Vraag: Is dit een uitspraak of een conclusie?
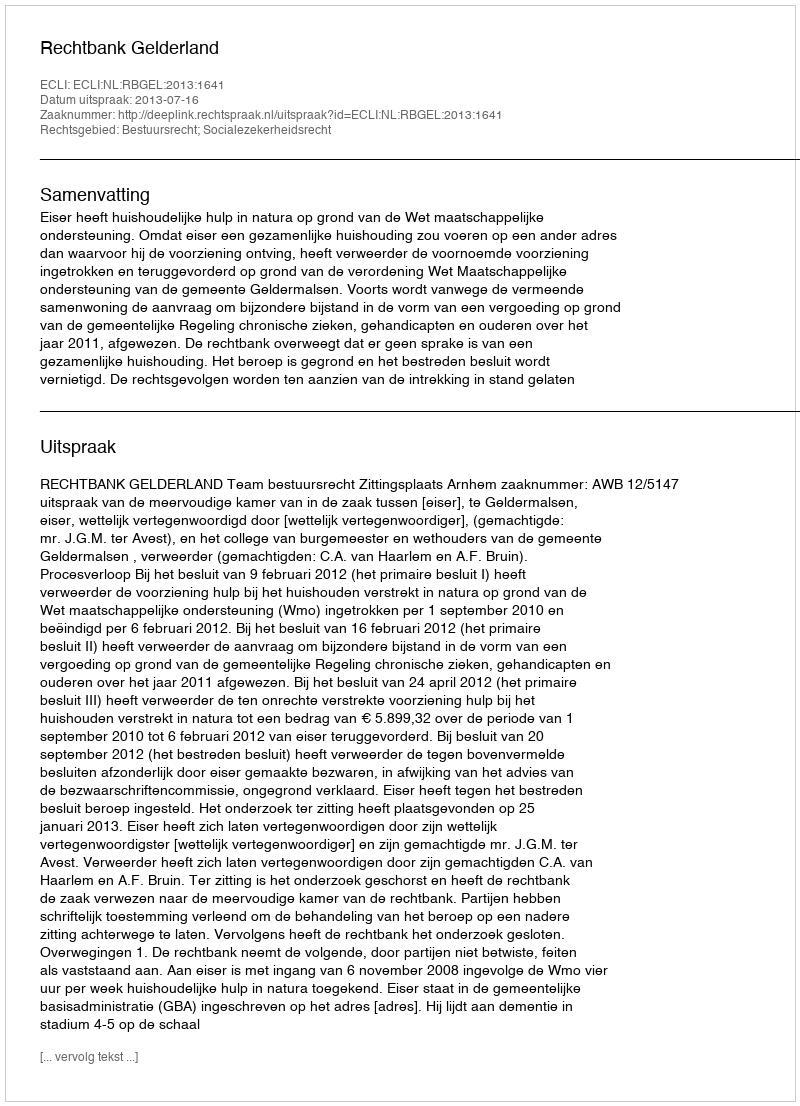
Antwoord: Uitspraak